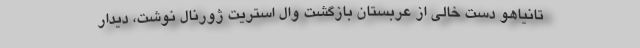
تانیاهو دست خالی از عربستان بازگشت وال استریت ژورنال نوشت، دیدار